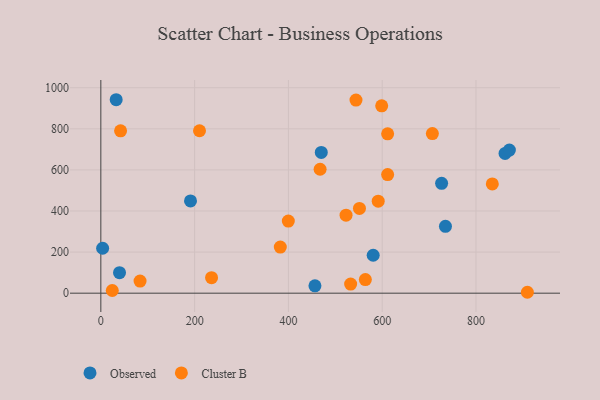
{"axis": {"x": "Distance", "y": "Fuel Efficiency"}, "legend": ["Cluster B", "Observed"], "data": [{"x": "734.9", "y": 325.3, "type": "Observed"}, {"x": "862.0", "y": 680.3, "type": "Observed"}, {"x": "39.8", "y": 99.9, "type": "Observed"}, {"x": "191.2", "y": 449.1, "type": "Observed"}, {"x": "580.8", "y": 184.7, "type": "Observed"}, {"x": "726.7", "y": 534.6, "type": "Observed"}, {"x": "32.7", "y": 941.7, "type": "Observed"}, {"x": "3.8", "y": 218.8, "type": "Observed"}, {"x": "470.1", "y": 685.1, "type": "Observed"}, {"x": "871.2", "y": 696.8, "type": "Observed"}, {"x": "456.6", "y": 35.9, "type": "Observed"}, {"x": "467.6", "y": 603.3, "type": "Cluster B"}, {"x": "611.6", "y": 775.8, "type": "Cluster B"}, {"x": "42.1", "y": 790.4, "type": "Cluster B"}, {"x": "522.9", "y": 379.9, "type": "Cluster B"}, {"x": "382.7", "y": 224.2, "type": "Cluster B"}, {"x": "399.8", "y": 351.1, "type": "Cluster B"}, {"x": "544.1", "y": 940.2, "type": "Cluster B"}, {"x": "24.4", "y": 13.1, "type": "Cluster B"}, {"x": "564.1", "y": 66.3, "type": "Cluster B"}, {"x": "598.9", "y": 912.2, "type": "Cluster B"}, {"x": "834.8", "y": 531.6, "type": "Cluster B"}, {"x": "83.6", "y": 59.1, "type": "Cluster B"}, {"x": "236.1", "y": 75.6, "type": "Cluster B"}, {"x": "210.4", "y": 790.6, "type": "Cluster B"}, {"x": "591.5", "y": 447.7, "type": "Cluster B"}, {"x": "611.6", "y": 577.4, "type": "Cluster B"}, {"x": "551.5", "y": 412.7, "type": "Cluster B"}, {"x": "909.6", "y": 4.4, "type": "Cluster B"}, {"x": "532.7", "y": 44.5, "type": "Cluster B"}, {"x": "707.0", "y": 776.8, "type": "Cluster B"}]}